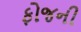
ફોજની